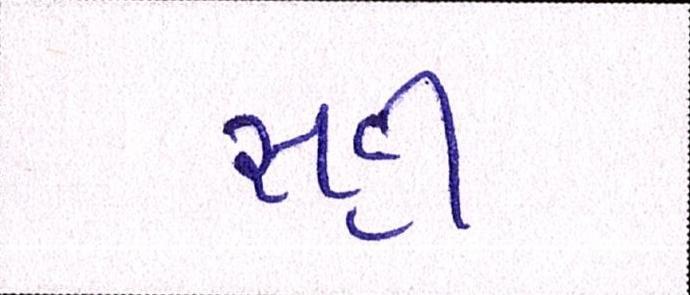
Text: સહી